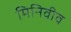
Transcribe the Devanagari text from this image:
मिनिवीव